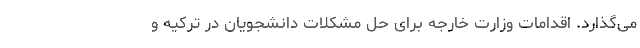
می‌گذارد. اقدامات وزارت خارجه برای حل مشکلات دانشجویان در ترکیه و